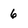
Character: 6